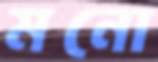
মনো